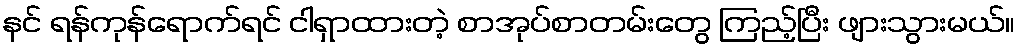
နင် ရန်ကုန်ရောက်ရင် ငါရှာထားတဲ့ စာအုပ်စာတမ်းတွေ ကြည့်ပြီး ဖျားသွားမယ်။